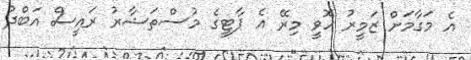
އެ މަގާމަށް ޒަމީރު ހޮވީ މިރޭ އެ ޕާޓީގެ މުސްތަޝާރު ރައީސް އަބްދު